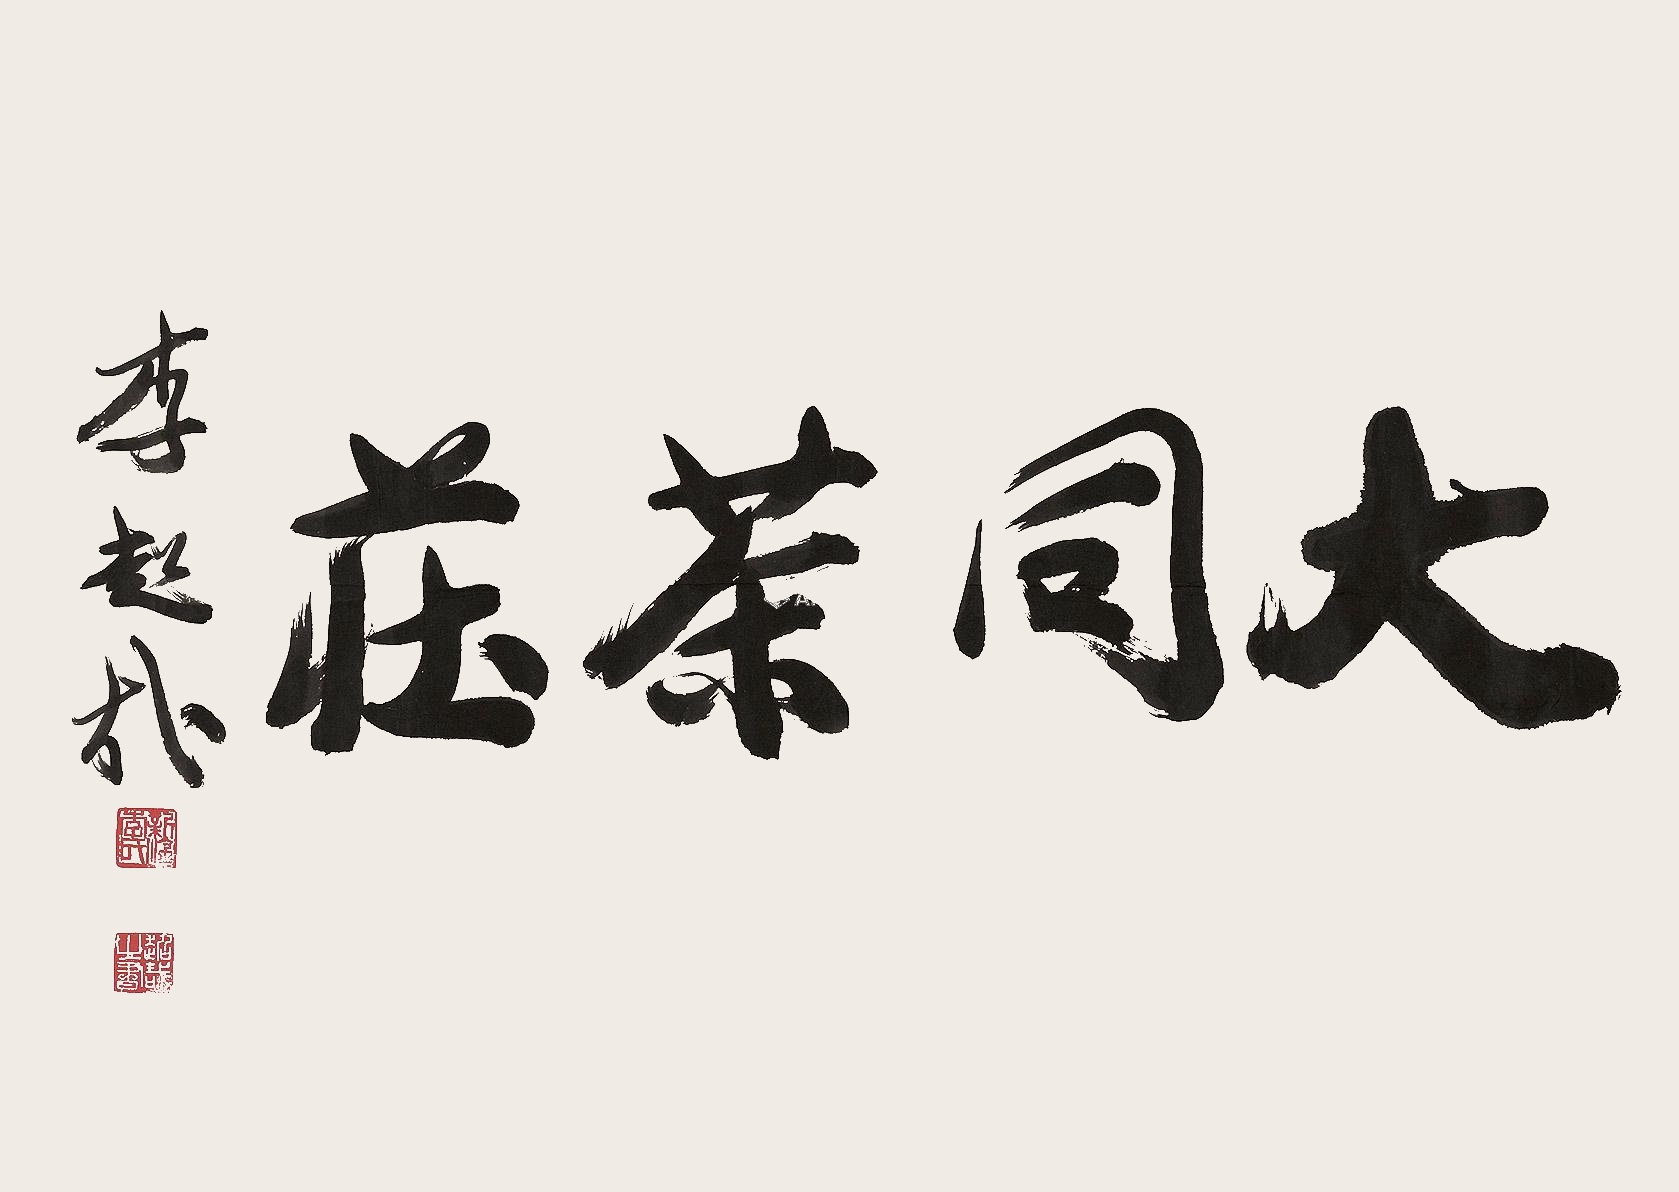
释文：大同茶庄李超哉。